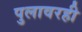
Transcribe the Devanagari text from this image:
पुलावरही